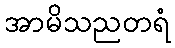
အာမိသညတရံ